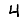
Digit: 4